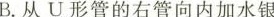
B.从U形管的右管向内加水银